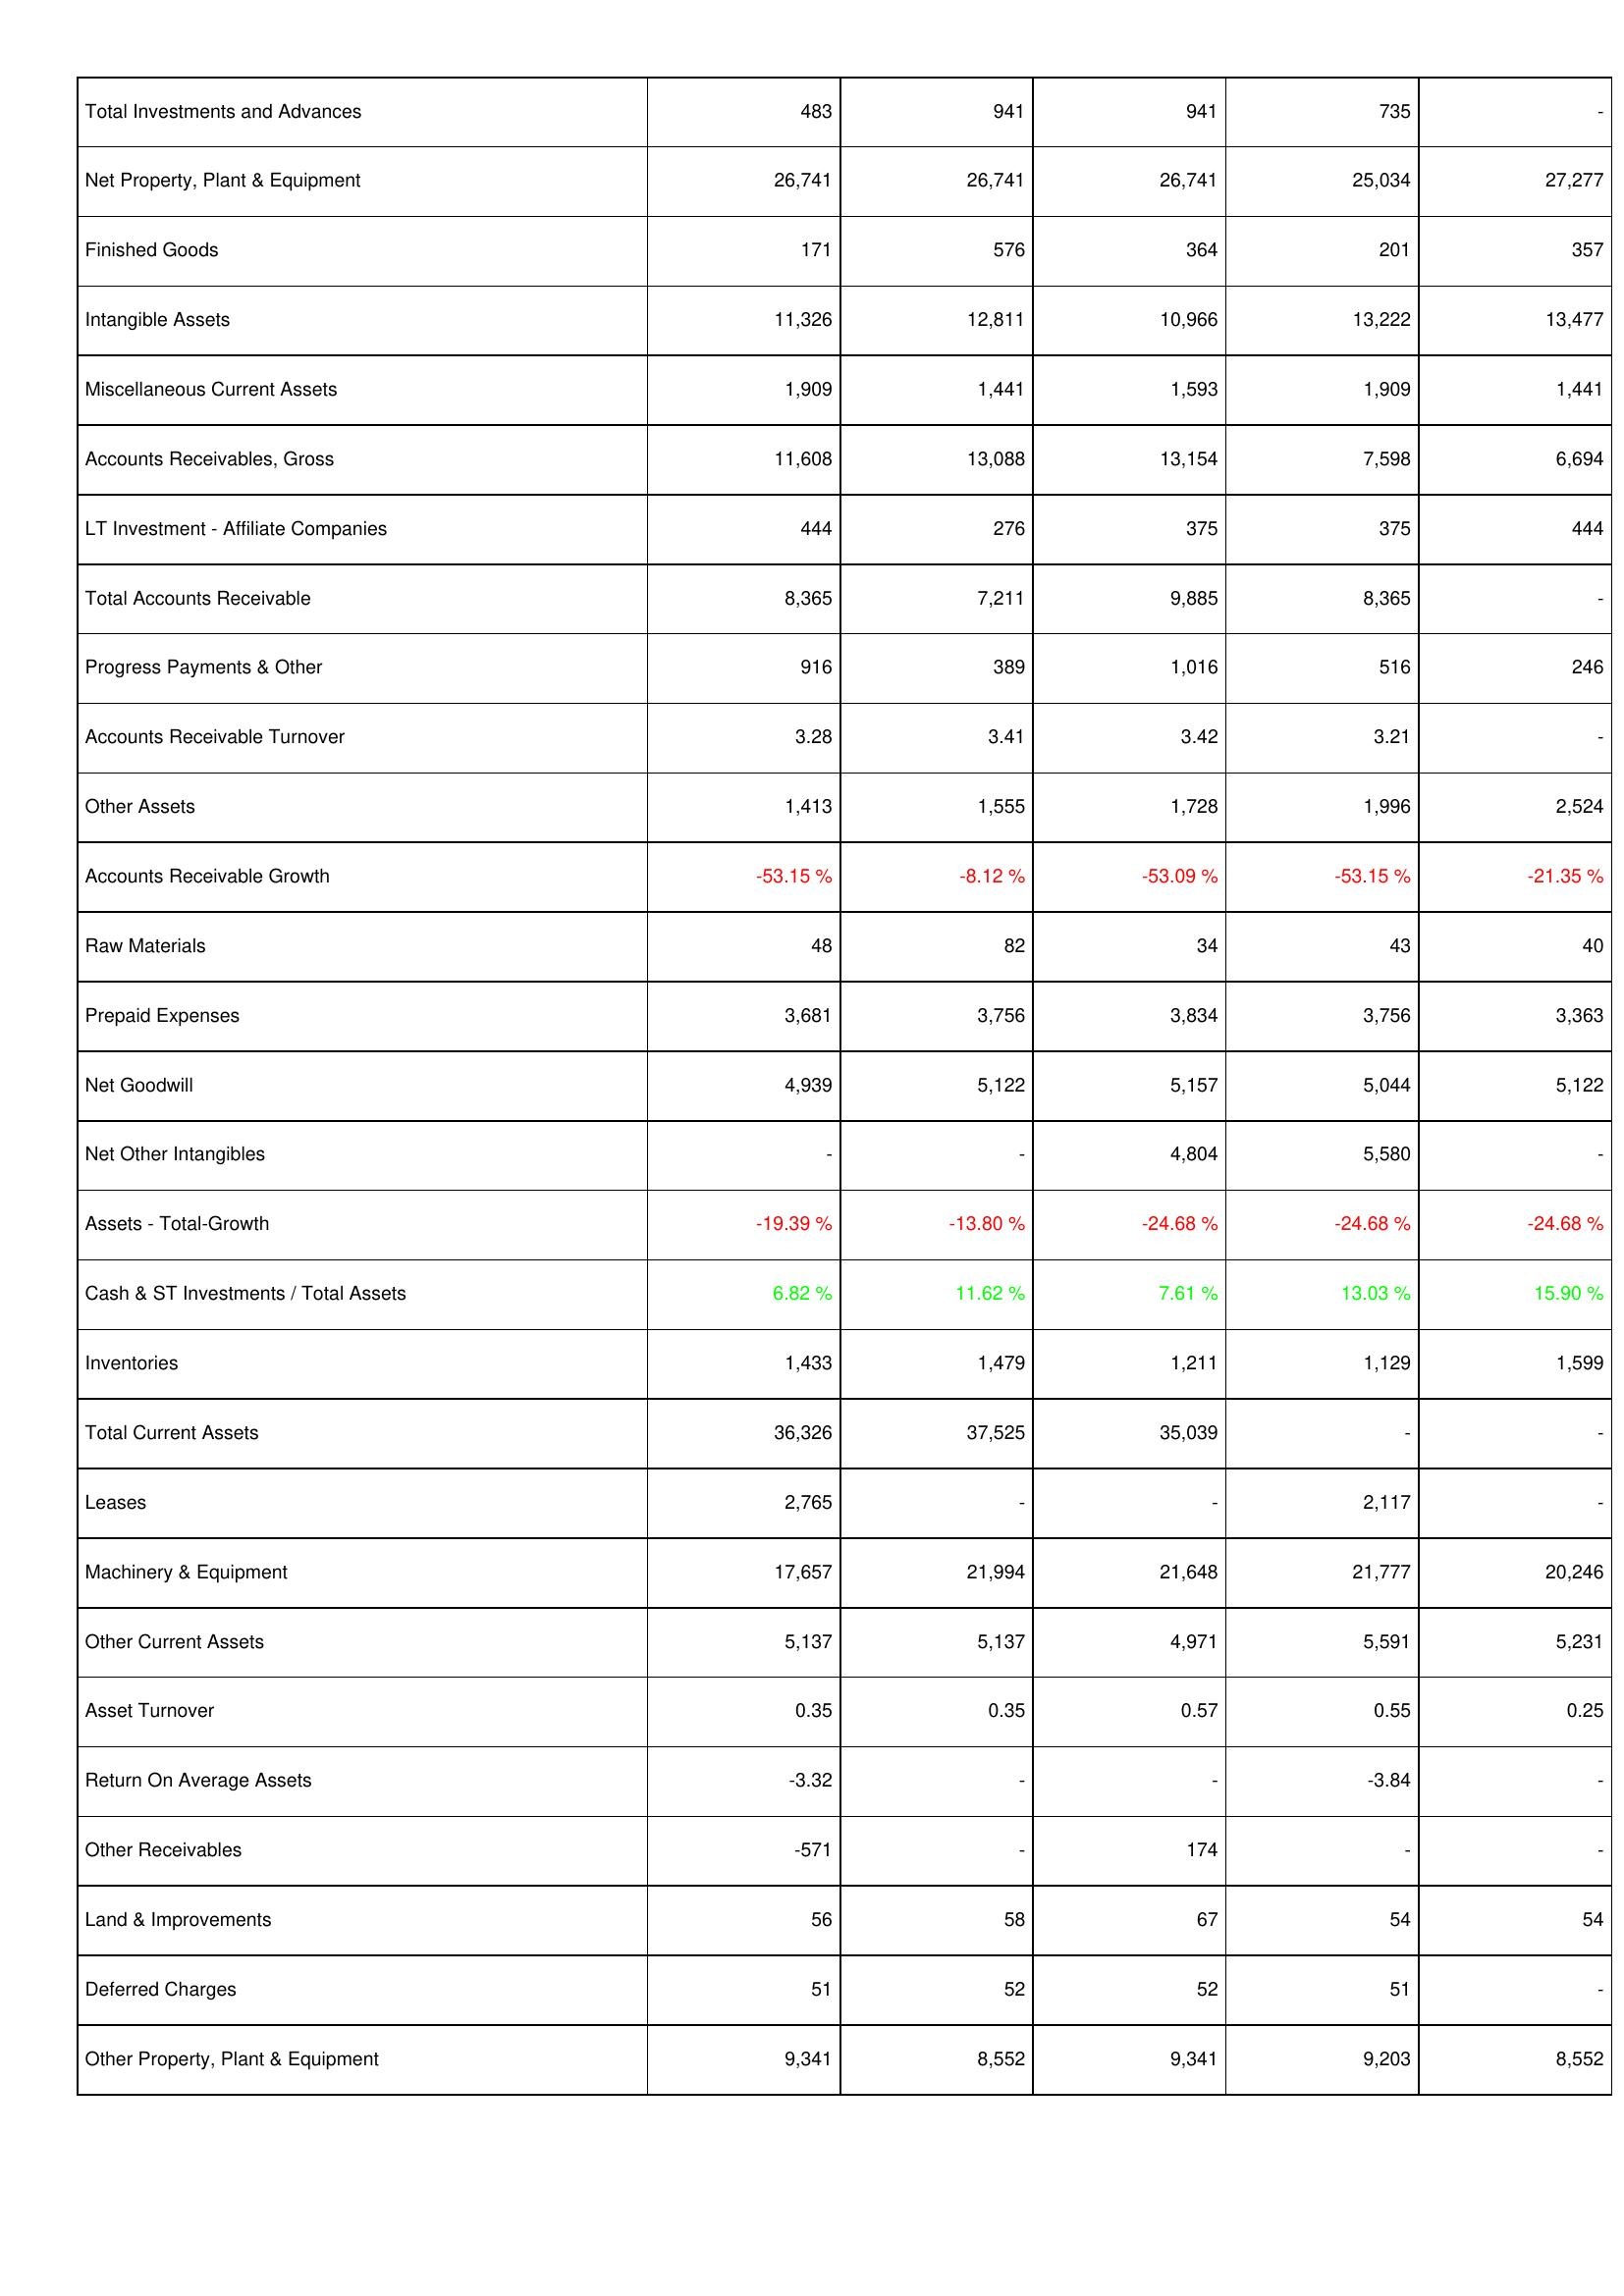
2022: Assets: Total Investments and Advances: 483
Net Property, Plant & Equipment: 26,741
Finished Goods: 171
Intangible Assets: 11,326
Miscellaneous Current Assets: 1,909
Accounts Receivables, Gross: 11,608
LT Investment - Affiliate Companies: 444
Total Accounts Receivable: 8,365
Progress Payments & Other: 916
Accounts Receivable Turnover: 3.28
Other Assets: 1,413
Accounts Receivable Growth: -53.15 %
Raw Materials: 48
Prepaid Expenses: 3,681
Net Goodwill: 4,939
Net Other Intangibles: -
Assets - Total-Growth: -19.39 %
Cash & ST Investments / Total Assets: 6.82 %
Inventories: 1,433
Total Current Assets: 36,326
Leases: 2,765
Machinery & Equipment: 17,657
Other Current Assets: 5,137
Asset Turnover: 0.35
Return On Average Assets: -3.32
Other Receivables: -571
Land & Improvements: 56
Deferred Charges: 51
Other Property, Plant & Equipment: 9,341
2023: Assets: Total Investments and Advances: 941
Net Property, Plant & Equipment: 26,741
Finished Goods: 576
Intangible Assets: 12,811
Miscellaneous Current Assets: 1,441
Accounts Receivables, Gross: 13,088
LT Investment - Affiliate Companies: 276
Total Accounts Receivable: 7,211
Progress Payments & Other: 389
Accounts Receivable Turnover: 3.41
Other Assets: 1,555
Accounts Receivable Growth: -8.12 %
Raw Materials: 82
Prepaid Expenses: 3,756
Net Goodwill: 5,122
Net Other Intangibles: -
Assets - Total-Growth: -13.80 %
Cash & ST Investments / Total Assets: 11.62 %
Inventories: 1,479
Total Current Assets: 37,525
Leases: -
Machinery & Equipment: 21,994
Other Current Assets: 5,137
Asset Turnover: 0.35
Return On Average Assets: -
Other Receivables: -
Land & Improvements: 58
Deferred Charges: 52
Other Property, Plant & Equipment: 8,552
2024: Assets: Total Investments and Advances: 941
Net Property, Plant & Equipment: 26,741
Finished Goods: 364
Intangible Assets: 10,966
Miscellaneous Current Assets: 1,593
Accounts Receivables, Gross: 13,154
LT Investment - Affiliate Companies: 375
Total Accounts Receivable: 9,885
Progress Payments & Other: 1,016
Accounts Receivable Turnover: 3.42
Other Assets: 1,728
Accounts Receivable Growth: -53.09 %
Raw Materials: 34
Prepaid Expenses: 3,834
Net Goodwill: 5,157
Net Other Intangibles: 4,804
Assets - Total-Growth: -24.68 %
Cash & ST Investments / Total Assets: 7.61 %
Inventories: 1,211
Total Current Assets: 35,039
Leases: -
Machinery & Equipment: 21,648
Other Current Assets: 4,971
Asset Turnover: 0.57
Return On Average Assets: -
Other Receivables: 174
Land & Improvements: 67
Deferred Charges: 52
Other Property, Plant & Equipment: 9,341
2025: Assets: Total Investments and Advances: 735
Net Property, Plant & Equipment: 25,034
Finished Goods: 201
Intangible Assets: 13,222
Miscellaneous Current Assets: 1,909
Accounts Receivables, Gross: 7,598
LT Investment - Affiliate Companies: 375
Total Accounts Receivable: 8,365
Progress Payments & Other: 516
Accounts Receivable Turnover: 3.21
Other Assets: 1,996
Accounts Receivable Growth: -53.15 %
Raw Materials: 43
Prepaid Expenses: 3,756
Net Goodwill: 5,044
Net Other Intangibles: 5,580
Assets - Total-Growth: -24.68 %
Cash & ST Investments / Total Assets: 13.03 %
Inventories: 1,129
Total Current Assets: -
Leases: 2,117
Machinery & Equipment: 21,777
Other Current Assets: 5,591
Asset Turnover: 0.55
Return On Average Assets: -3.84
Other Receivables: -
Land & Improvements: 54
Deferred Charges: 51
Other Property, Plant & Equipment: 9,203
2026: Assets: Total Investments and Advances: -
Net Property, Plant & Equipment: 27,277
Finished Goods: 357
Intangible Assets: 13,477
Miscellaneous Current Assets: 1,441
Accounts Receivables, Gross: 6,694
LT Investment - Affiliate Companies: 444
Total Accounts Receivable: -
Progress Payments & Other: 246
Accounts Receivable Turnover: -
Other Assets: 2,524
Accounts Receivable Growth: -21.35 %
Raw Materials: 40
Prepaid Expenses: 3,363
Net Goodwill: 5,122
Net Other Intangibles: -
Assets - Total-Growth: -24.68 %
Cash & ST Investments / Total Assets: 15.90 %
Inventories: 1,599
Total Current Assets: -
Leases: -
Machinery & Equipment: 20,246
Other Current Assets: 5,231
Asset Turnover: 0.25
Return On Average Assets: -
Other Receivables: -
Land & Improvements: 54
Deferred Charges: -
Other Property, Plant & Equipment: 8,552